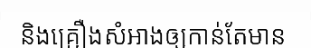
និងគ្រឿងសំអាងឲ្យកាន់តែមាន